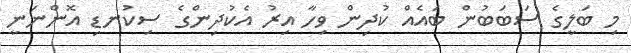
މި ބަލީގެ ސަބަބުން ބައެއް ކުދިން ވިހާ އިރު އެކުދިންގެ ސިކުނޑި އޮންނަނީ